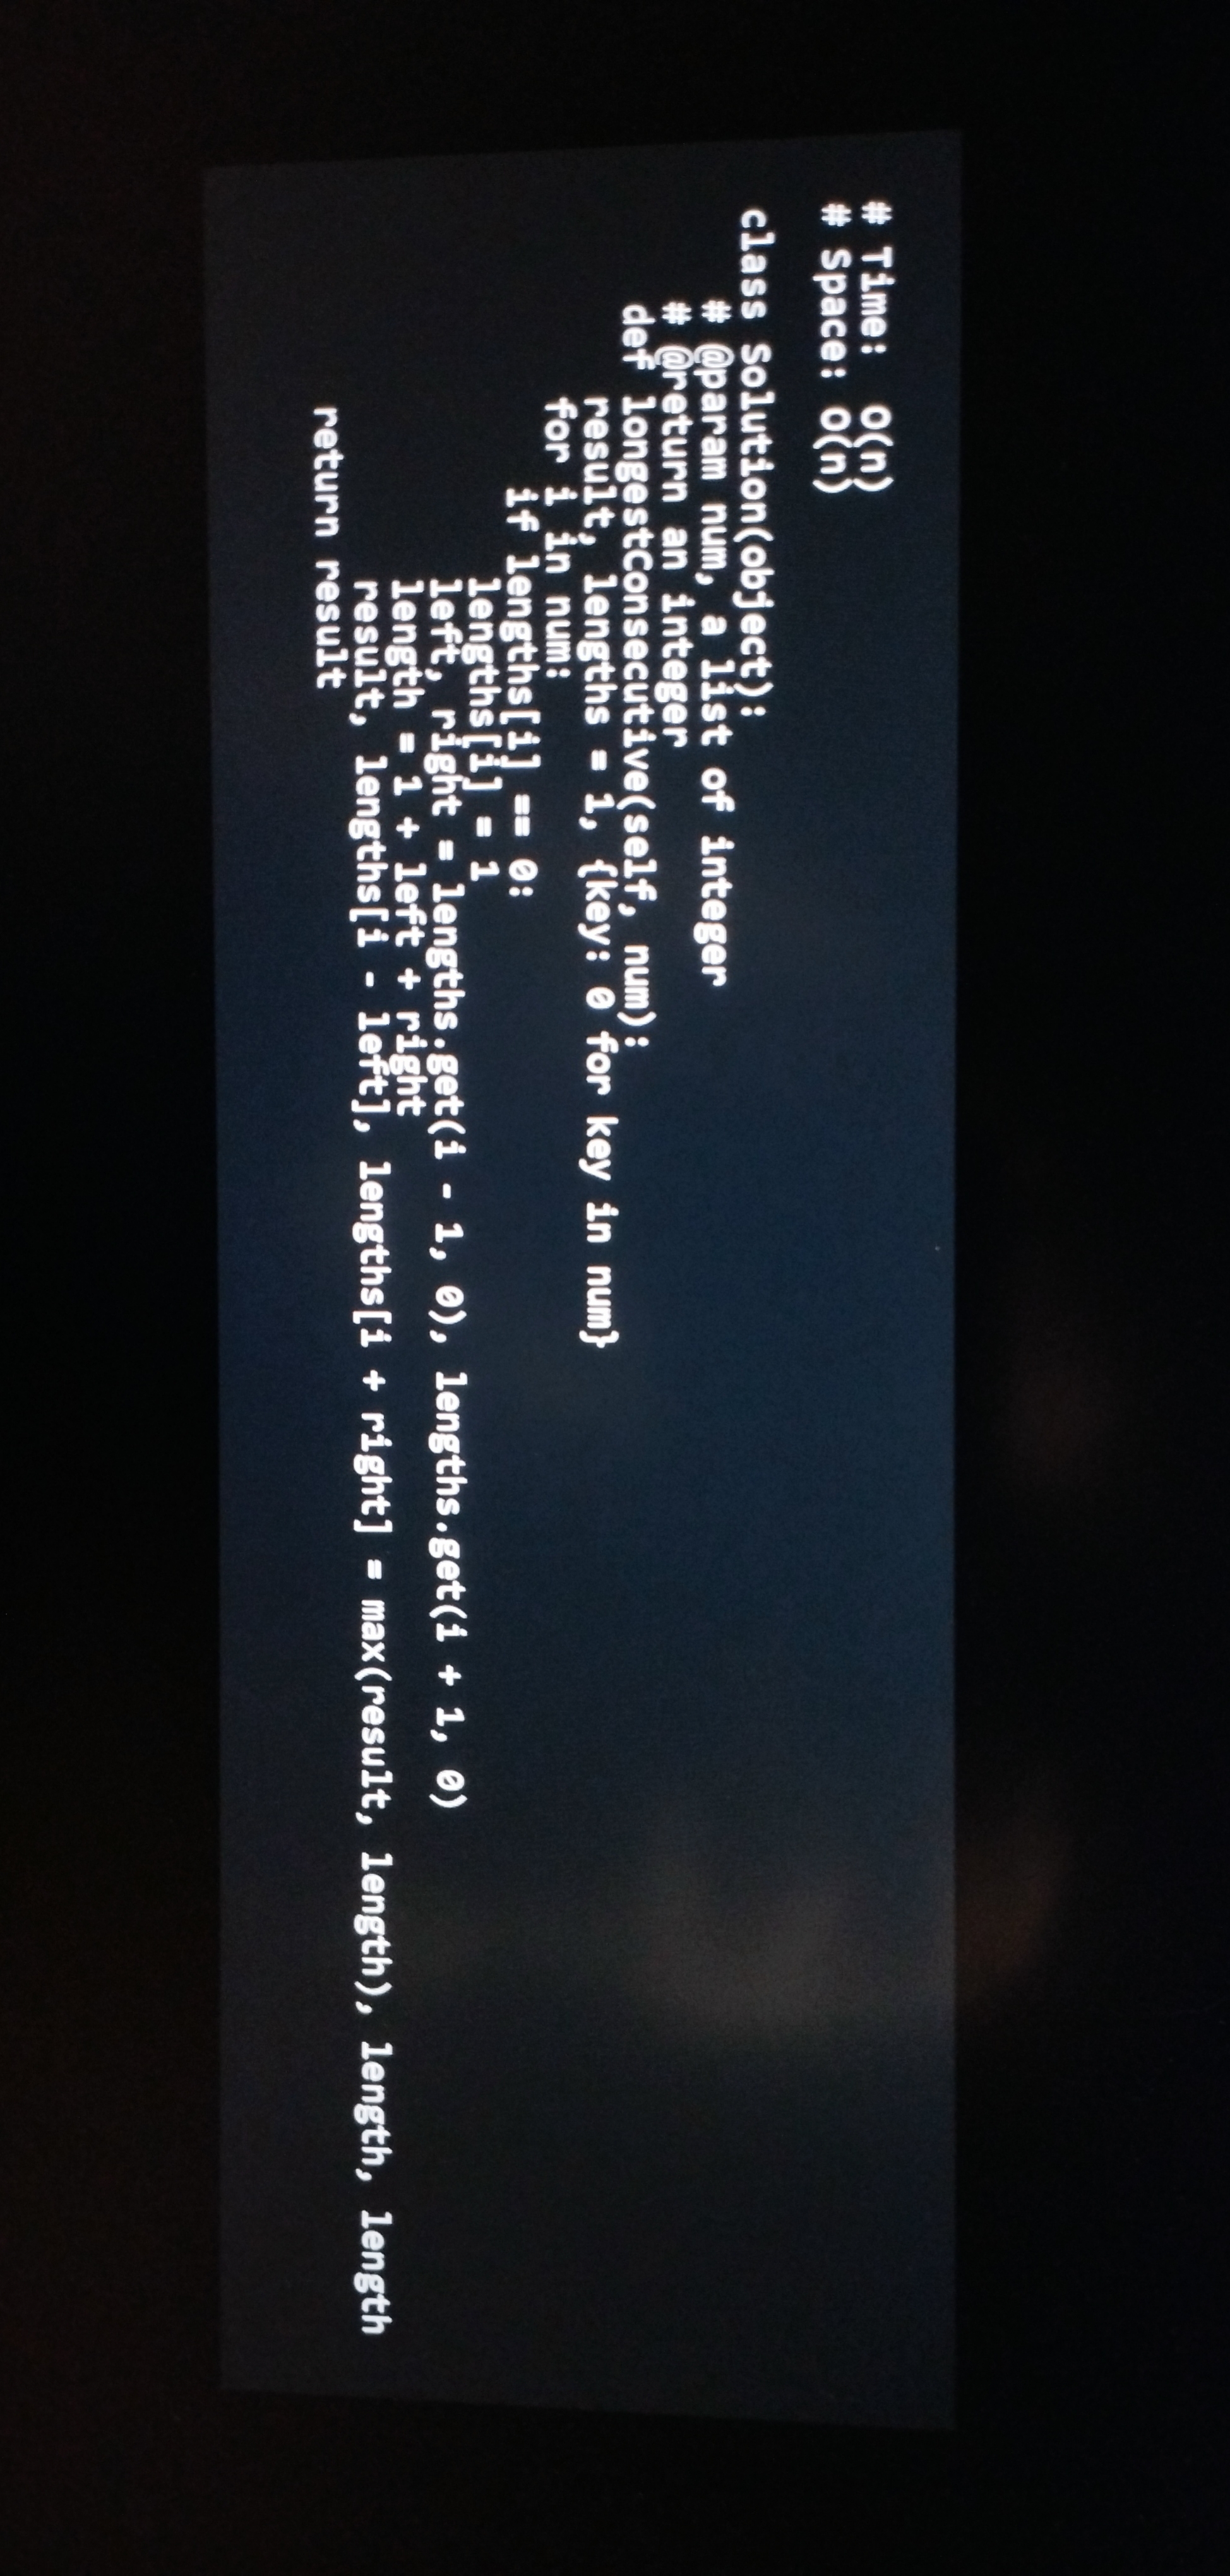
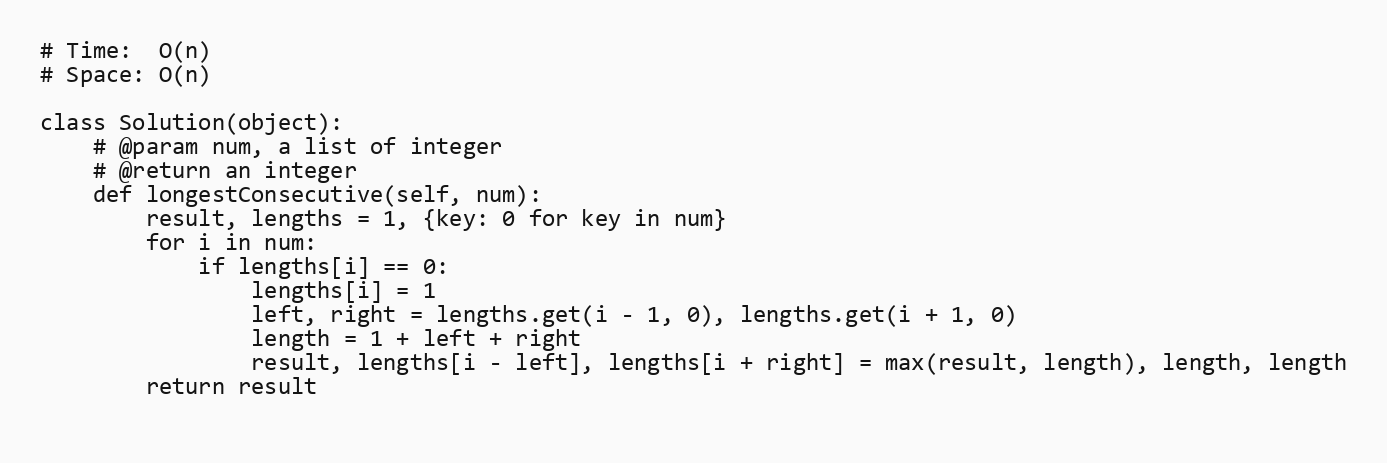
# Time:  O(n)
# Space: O(n)

class Solution(object):
    # @param num, a list of integer
    # @return an integer
    def longestConsecutive(self, num):
        result, lengths = 1, {key: 0 for key in num}
        for i in num:
            if lengths[i] == 0:
                lengths[i] = 1
                left, right = lengths.get(i - 1, 0), lengths.get(i + 1, 0)
                length = 1 + left + right
                result, lengths[i - left], lengths[i + right] = max(result, length), length, length
        return result